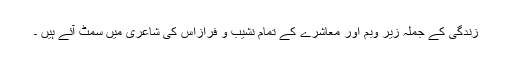
زندگی کے جملہ زیر وبم اور معاشرے کے تمام نشیب و فرازاس کی شاعری میں سمٹ آئے ہیں ۔